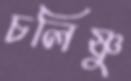
চলিষ্ণু